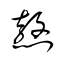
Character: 熬